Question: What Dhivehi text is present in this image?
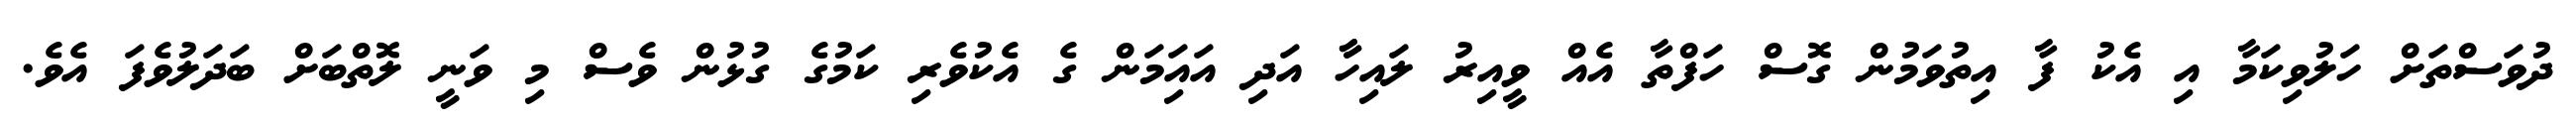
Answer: ދުވަސްތަށް ހަލުވިކަމާ އި އެކު ފާ އިތުވަމުން ގޮސް ހަފްތާ އެއް ވީއިރު ލައިހާާ އަދި އައިަމަން ގެ އެކުވެރި ކަމުގެ ގުޅުން ވެސް މި ވަނީ ލޮތްބަށް ބަދަލުވެފަ އެވެ.